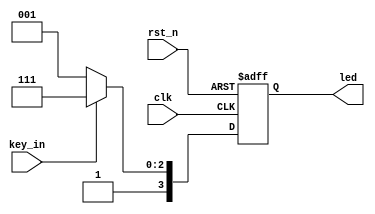
module key_led(clk,rst_n,key_in,led);  //;
	input clk;
	input rst_n;
	input key_in;
	
	output reg [3:0]led;    // output reg
	
always @ (posedge clk or negedge rst_n)
	begin
		if(!rst_n)
			begin
				led <= 4'b1111;
			end
		else
			begin
				if(!key_in)
					led <= 4'b1001;
				else
				   led <= 4'b1111;
			end
	end
endmodule